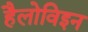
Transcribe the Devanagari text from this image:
हैलोविइन